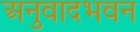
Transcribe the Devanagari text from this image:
अनुवादभवन